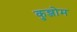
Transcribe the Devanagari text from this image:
कुन्जोम